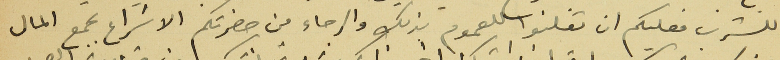
للشرب فعليكم ان تعلنوا للعموم بذلك والرجاء من حضرتكم الاسَراع بجمع المال